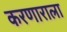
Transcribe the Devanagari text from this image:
करणाराला